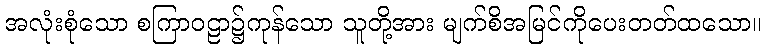
အလုံးစုံသော စကြာဝဠာ၌ကုန်သော သူတို့အား မျက်စိအမြင်ကိုပေးတတ်ထသော။